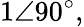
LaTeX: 1\angle 90^{\circ},